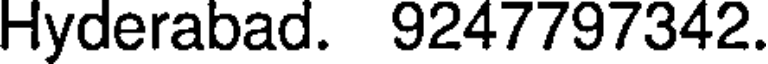
Hyderabad. 9247797342.